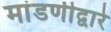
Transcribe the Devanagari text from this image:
मांडणीद्वारे